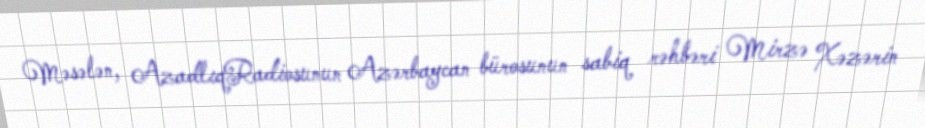
Məsələn, AzadlıqRadiosunun Azərbaycan bürosunun sabiq rəhbəri Mirzə Xəzərin